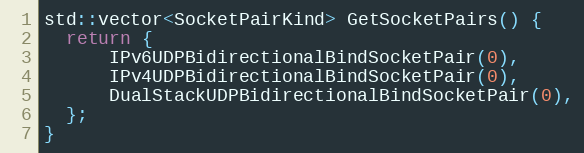
Language: C++
std::vector<SocketPairKind> GetSocketPairs() {
  return {
      IPv6UDPBidirectionalBindSocketPair(0),
      IPv4UDPBidirectionalBindSocketPair(0),
      DualStackUDPBidirectionalBindSocketPair(0),
  };
}